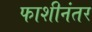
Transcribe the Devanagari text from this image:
फाशीनंतर